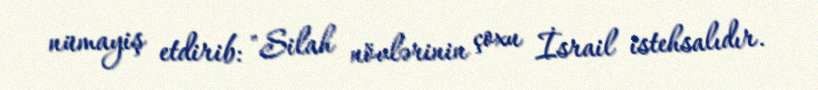
nümayiş etdirib: "Silah növlərinin çoxu İsrail istehsalıdır.